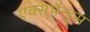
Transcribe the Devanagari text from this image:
एक्सपैन्ड्स